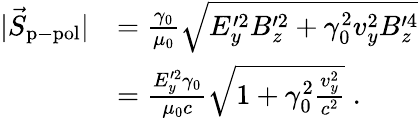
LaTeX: \begin{array}{rl}{|\vec{S}_{\mathrm{p-pol}}|}&{=\frac{\gamma_{0}}{\mu_{0}}\sqrt{E_{y}^{\prime 2}B_{z}^{\prime 2}+\gamma_{0}^{2}v_{y}^{2}B_{z}^{\prime 4}}}\\ &{=\frac{E_{y}^{\prime 2}\gamma_{0}}{\mu_{0}c}\sqrt{1+\gamma_{0}^{2}\frac{v_{y}^{2}}{c^{2}}}\; .}\end{array}